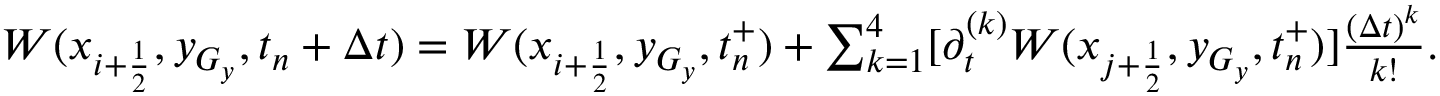
\begin{array} { r } { W ( x _ { i + \frac { 1 } { 2 } } , y _ { G _ { y } } , t _ { n } + \Delta t ) = W ( x _ { i + \frac { 1 } { 2 } } , y _ { G _ { y } } , t _ { n } ^ { + } ) + \sum _ { k = 1 } ^ { 4 } [ \partial _ { t } ^ { ( k ) } W ( x _ { j + \frac { 1 } { 2 } } , y _ { G _ { y } } , t _ { n } ^ { + } ) ] \frac { ( \Delta t ) ^ { k } } { k ! } . } \end{array}